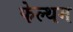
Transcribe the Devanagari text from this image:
फेल्थम